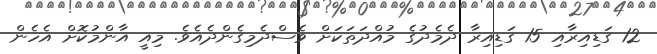
12 ގަޑިއިރާއި 15 ގަޑިއިރާ ދެމެދުގެ މުއްދަތަކަށް ވެސްދެމިގެންދެއެވެ. މިއީ އާންމުކޮށް އެހެން